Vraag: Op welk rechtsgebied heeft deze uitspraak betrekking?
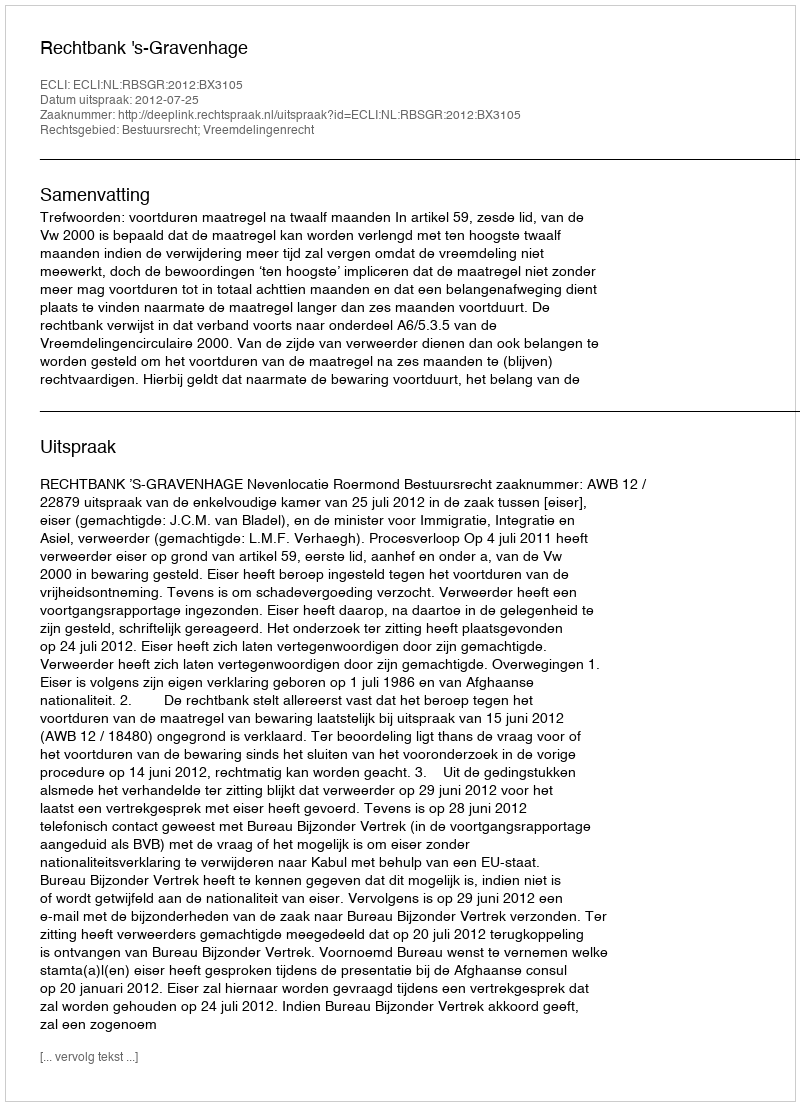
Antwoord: Bestuursrecht; Vreemdelingenrecht